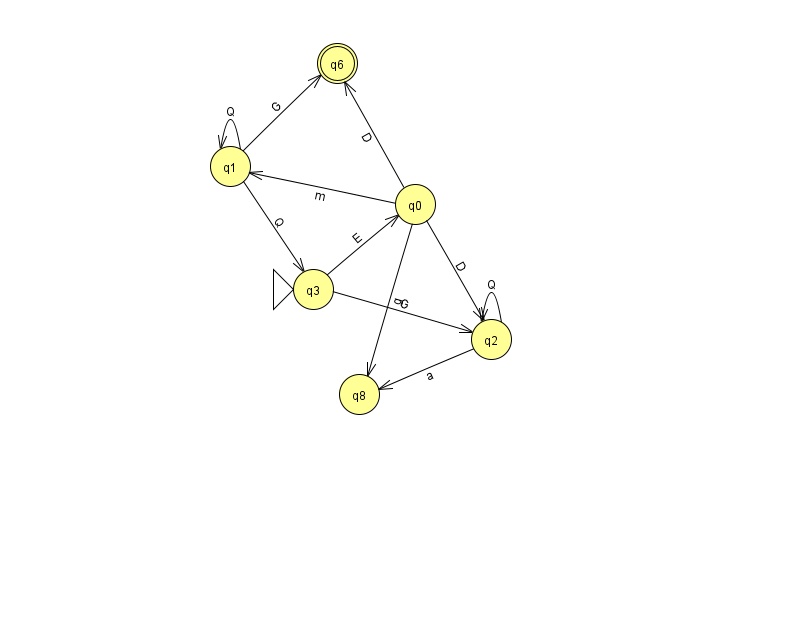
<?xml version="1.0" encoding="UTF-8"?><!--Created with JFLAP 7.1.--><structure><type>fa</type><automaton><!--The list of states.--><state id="0" name="q0"><x>415.0</x><y>191.0</y></state><state id="1" name="q1"><x>230.0</x><y>153.0</y></state><state id="2" name="q2"><x>491.0</x><y>326.0</y></state><state id="3" name="q3"><x>313.0</x><y>276.0</y><initial/></state><state id="6" name="q6"><x>337.0</x><y>50.0</y><final/></state><state id="8" name="q8"><x>359.0</x><y>381.0</y></state><!--The list of transitions.--><transition><from>1</from><to>1</to><read>Q</read></transition><transition><from>2</from><to>2</to><read>Q</read></transition><transition><from>2</from><to>8</to><read>a</read></transition><transition><from>0</from><to>1</to><read>m</read></transition><transition><from>0</from><to>6</to><read>D</read></transition><transition><from>3</from><to>0</to><read>E</read></transition><transition><from>1</from><to>3</to><read>Q</read></transition><transition><from>0</from><to>8</to><read>g</read></transition><transition><from>1</from><to>6</to><read>G</read></transition><transition><from>0</from><to>2</to><read>D</read></transition><transition><from>3</from><to>2</to><read>G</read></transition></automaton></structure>